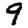
Digit: 9